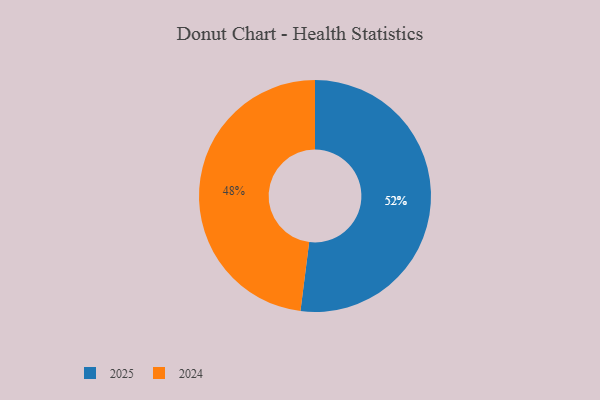
{"axis": {"x": "Category", "y": "Percentage"}, "legend": ["2024", "2025"], "data": [{"x": "2024", "y": 48, "type": "2024"}, {"x": "2025", "y": 52, "type": "2025"}]}